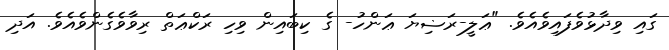
ގައި ވިދާޅުވެފައިވެއެވެ. "ޢަލީ-ރަޟިޔަ ޢަންހު- ގެ ކިބައިން ވިހި ރަކްޢަތް ރިވާވެގެންވެއެވެ. އަދި